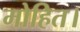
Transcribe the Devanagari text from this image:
मोहित।